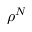
\rho ^ { N }